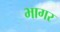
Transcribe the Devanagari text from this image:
भागर